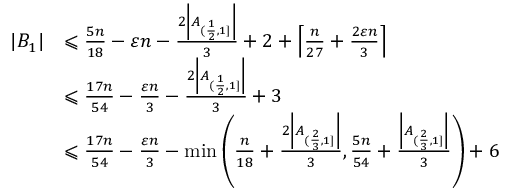
\begin{array} { r l } { | B _ { 1 } | } & { \leqslant \frac { 5 n } { 1 8 } - \varepsilon n - \frac { 2 \left| A _ { ( \frac { 1 } { 2 } , 1 ] } \right| } { 3 } + 2 + \left\lceil \frac { n } { 2 7 } + \frac { 2 \varepsilon n } { 3 } \right\rceil } \\ & { \leqslant \frac { 1 7 n } { 5 4 } - \frac { \varepsilon n } { 3 } - \frac { 2 \left| A _ { ( \frac { 1 } { 2 } , 1 ] } \right| } { 3 } + 3 } \\ & { \leqslant \frac { 1 7 n } { 5 4 } - \frac { \varepsilon n } { 3 } - \operatorname* { m i n } \left( \frac { n } { 1 8 } + \frac { 2 \left| A _ { ( \frac { 2 } { 3 } , 1 ] } \right| } { 3 } , \frac { 5 n } { 5 4 } + \frac { \left| A _ { ( \frac { 2 } { 3 } , 1 ] } \right| } { 3 } \right) + 6 } \end{array}